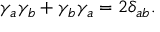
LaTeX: \gamma _ { a } \gamma _ { b } + \gamma _ { b } \gamma _ { a } = 2 \delta _ { a b } .